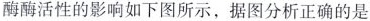
酶酶活性的影响如下图所示，据图分析正确的是